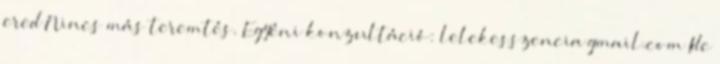
ered Nincs más teremtés. Egyéni konzultáció: lelekesszencia gmail.com Ide